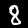
Label: 8